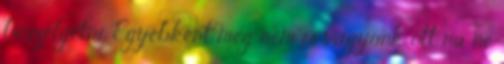
beszélgetni. Egyébként meg nem is vagyunk ott na ne